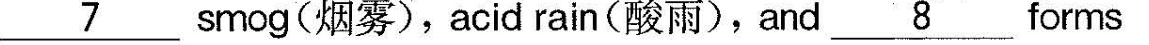
\underline{7}smog(烟雾),acid rain(酸雨),and\underline{8}forms